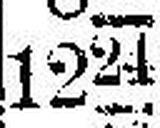
1224